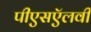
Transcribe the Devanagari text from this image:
पीएसऍलवी